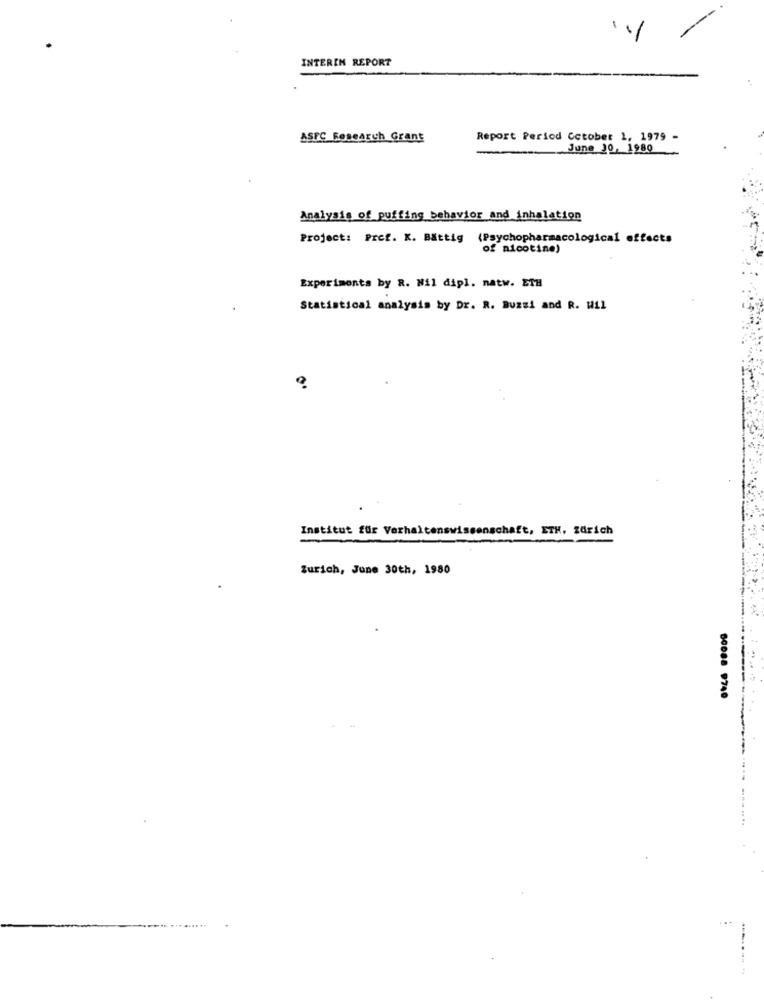
INTERIM REPORT
ASFC Research Grant
Report Period October 1, 1979 -
June 10, 1980
Analysis of puffing behavior and inhalation
Project: Prof. K. Bättig (Psychopharmacological effects
of nicotine)
Experimenta by R. Nil dipl. natw. ETH
Statistical analysis by Dr. R. Buzzi and R. Wil
Institut für Verhaltenswissenschaft, ETH, zürich
Zurich, June 30th, 1980
60088 9740